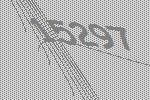
15297